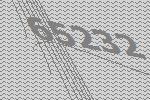
65232